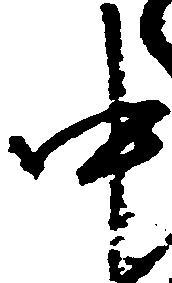
中